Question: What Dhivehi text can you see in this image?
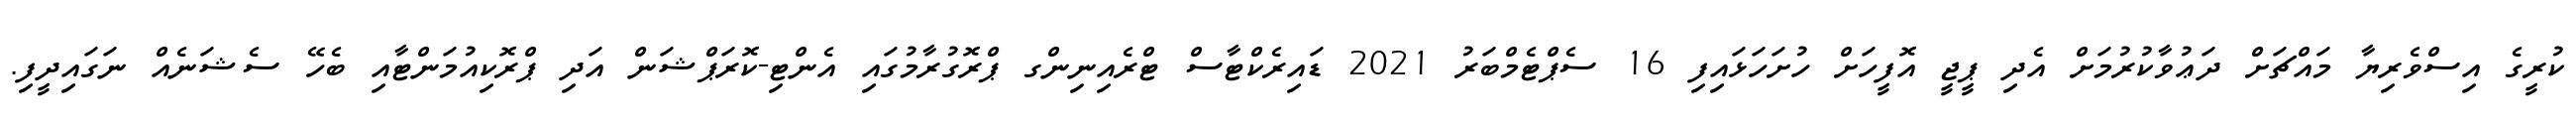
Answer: ކުރީގެ އިސްވެރިޔާ މައްޗަށް ދަޢުވާކުރުމަށް އެދި ޕީޖީ އޮފީހަށް ހުށަހަޅައިފި 16 ސެޕްޓެމްބަރު 2021 ޑައިރެކްޓާސް ޓްރެއިނިންގ ޕްރޮގުރާމުގައި އެންޓި-ކޮރަޕްޝަން އަދި ޕްރޮކިއުމަންޓާއި ބެހޭ ސެޝަނެއް ނަގައިދީފި.